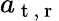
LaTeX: a_{\mathrm{~t~,~r~}}